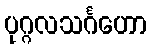
ပုဂ္ဂလသင်္ဂဟော